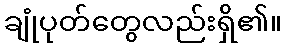
ချုံပုတ်တွေလည်းရှိ၏။